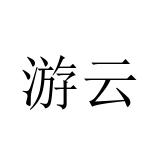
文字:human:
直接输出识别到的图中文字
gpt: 游云